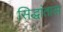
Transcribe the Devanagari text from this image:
सिद्धांतास